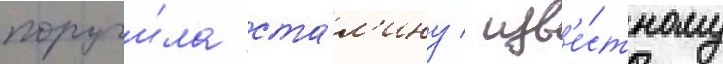
поручи́ла ста́л'ину / изв'е́стному